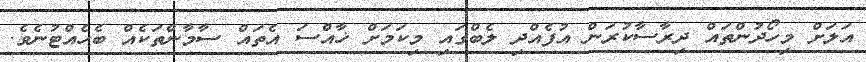
އަލަށް މިހޯދުންތައް ދިރާސާކުރަން އުފެއްދި ލެބްގައި މިކަމަށް ޚާއްސަ އެތައް ސާމާންތަކެއް ބެހެއްޓުނެވެ.